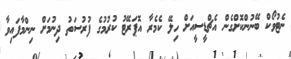
ނެޓުވޯކް ބޭނުންކޮށްގެން އެޗްޑީސީއަށް ހިލޭ ކެމެރާ އޮޕަރޭޓު ކުރުމުގެ ފުރުސަތު ދިނުމަށް ނިންމާފައިވާ